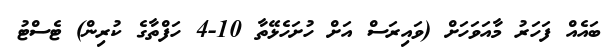
ބައެއް ފަހަރު މާއަވަހަށް (ވައިރަސް އަށް ހުށަހެޅޭތާ 10-4 ހަފްތާގެ ކުރިން) ޓެސްޓު